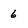
Character: 6